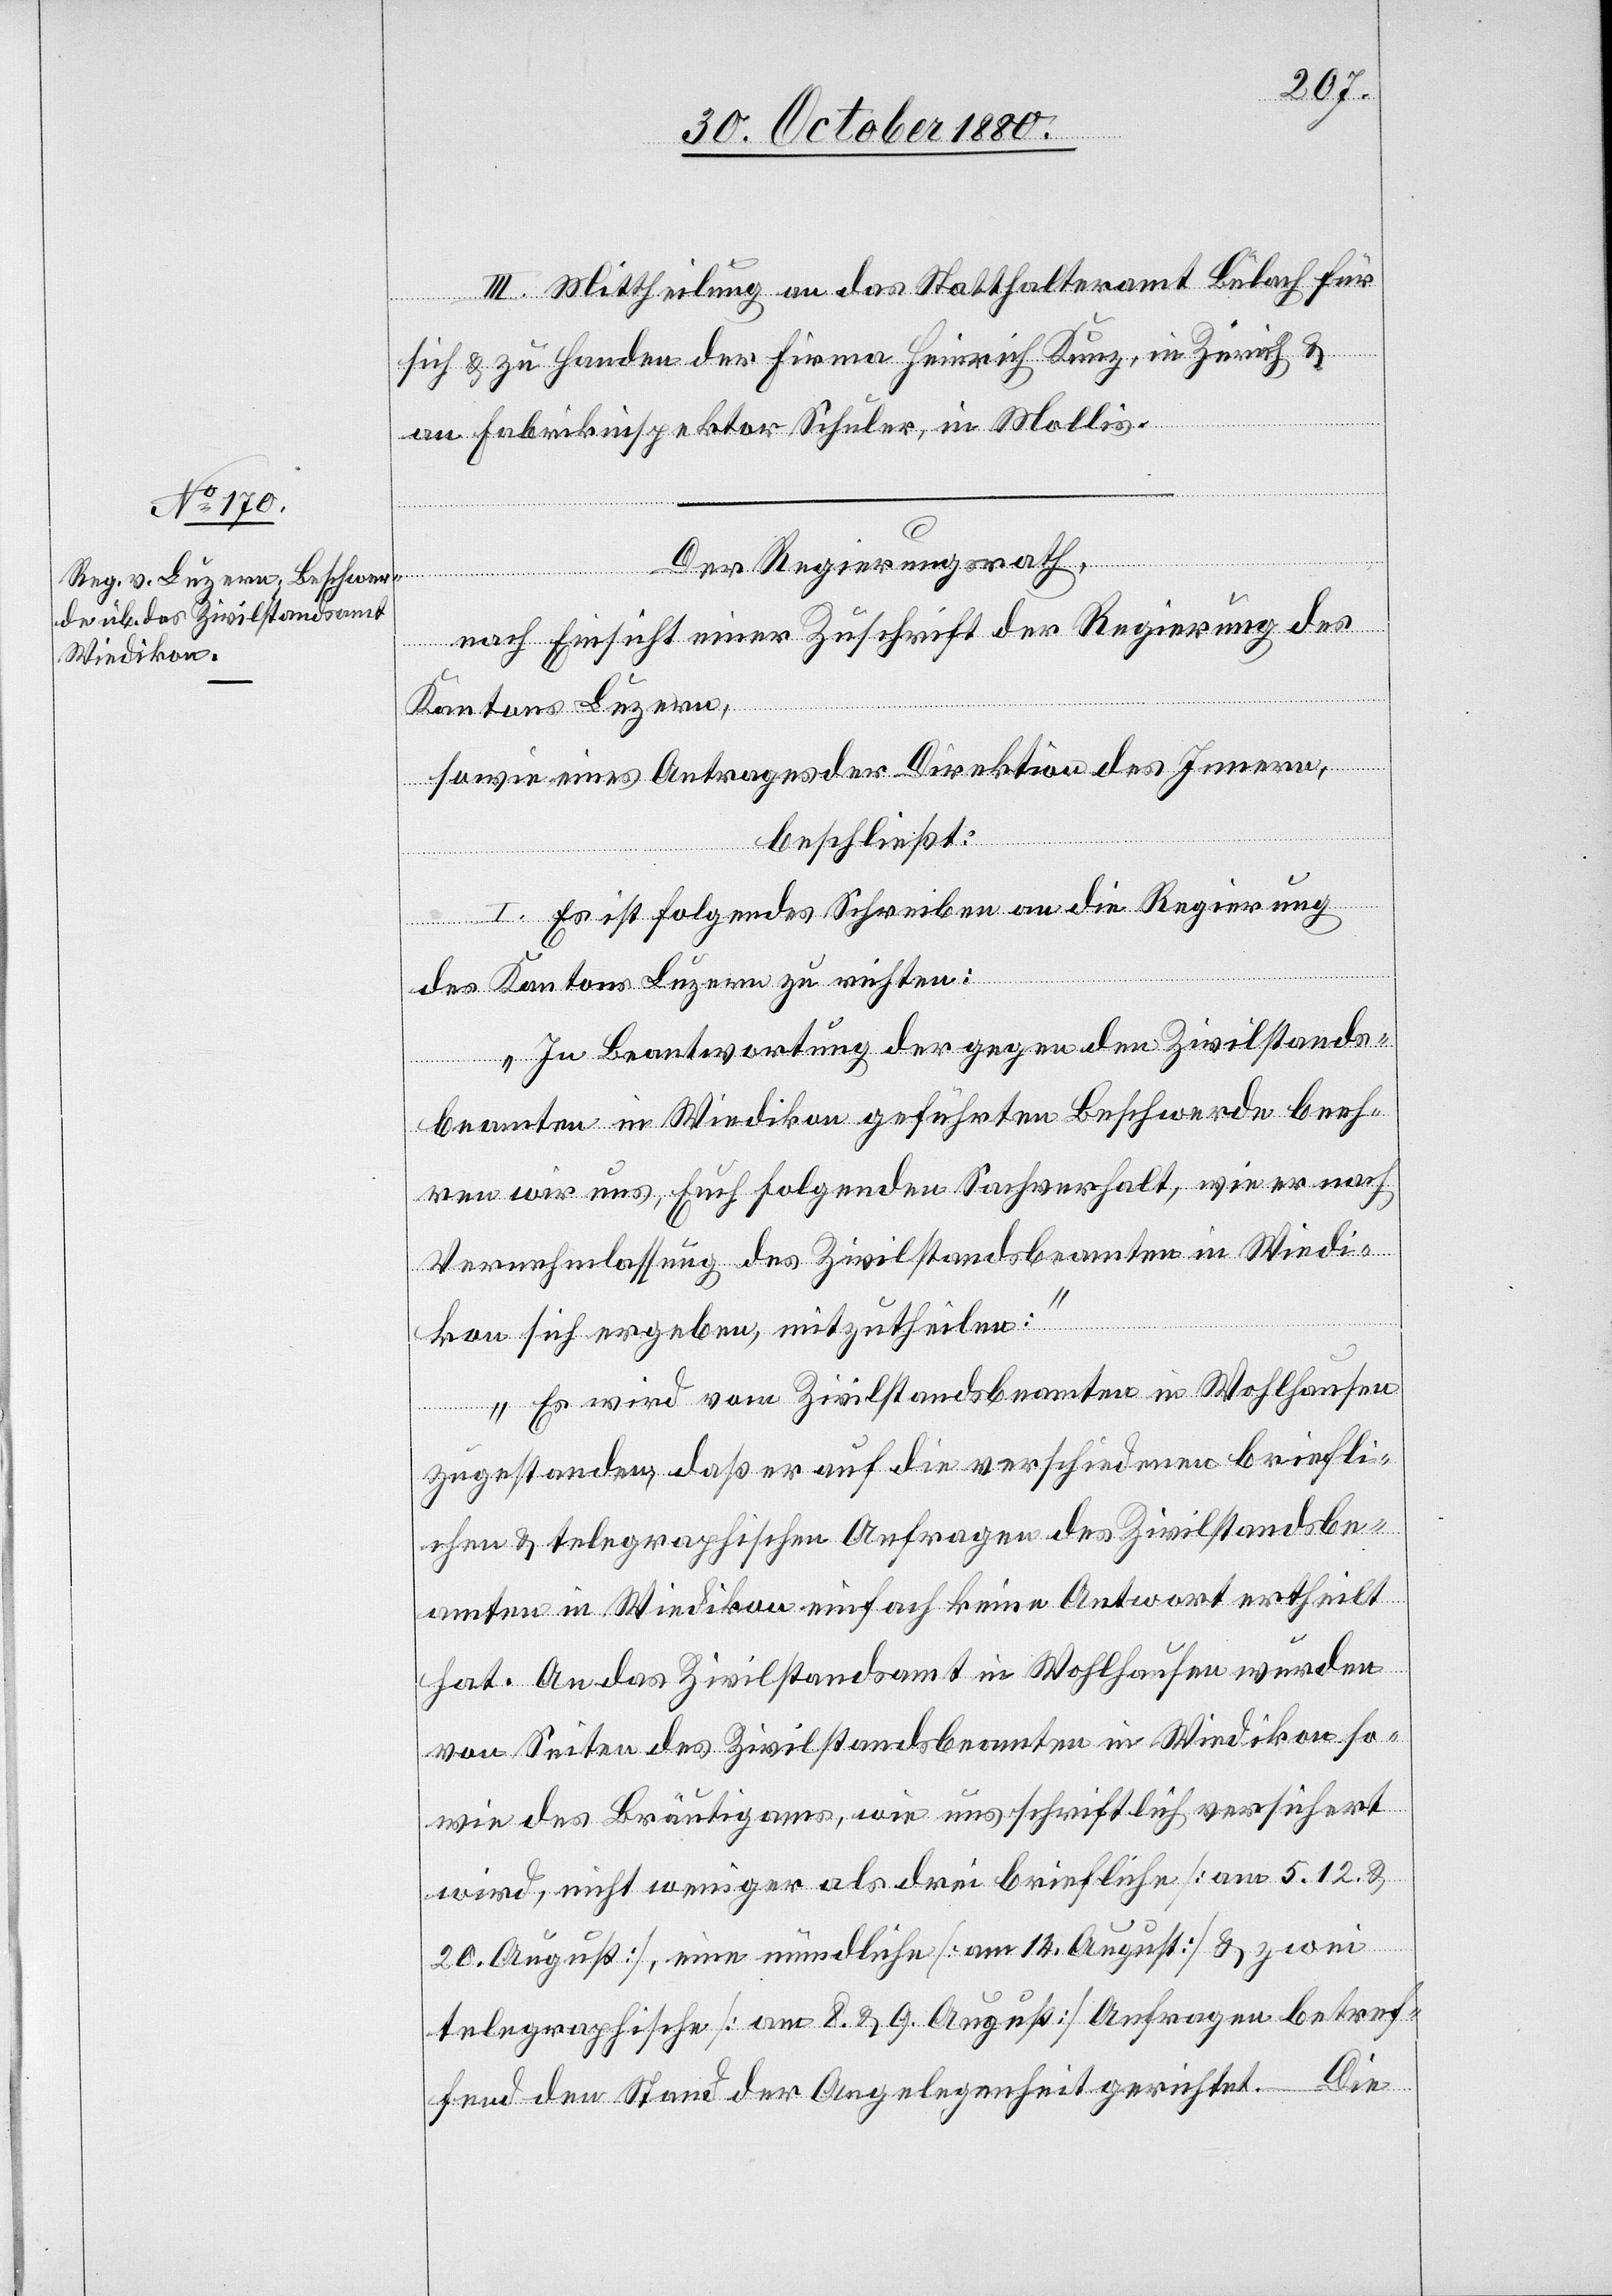
III. Mittheilung an das Statthalteramt Bülach für
sich & zu Handen der Firma Heinrich Kunz, in Zürich &
an Fabrikinspektor Schuler, in Mollis.
Der Regierungsrath,
nach Einsicht einer Zuschrift der Regierung des
Kantons Luzern,
sowie eines Antrages der Direktion des Innern,
beschließt:
I. Es ist folgendes Schreiben an die Regierung
des Kantons Luzern zu richten:
„In Beantwortung der gegen den Zivilstands¬
beamten in Wiedikon geführten Beschwerde beeh¬
ren wir uns, Euch folgenden Sachverhalt, wie er nach
Vernehmlassung des Zivilstandsbeamten in Wiedi¬
kon sich ergeben, mitzutheilen:
Es wird vom Zivilstandsbeamten in Wohlhausen
zugestanden, daß er auf die verschiedenen briefli¬
chen & telegraphischen Anfragen des Zivilstandsbe¬
amten in Wiedikon einfach keine Antwort ertheilt
hat. An das Zivilstandsamt in Wohlhausen wurden
von Seiten des Zivilstandsbeamten in Wiedikon so¬
wie des Bräutigams, wie uns schriftlich versichert
wird, nicht weniger als drei briefliche [am 5.12. &
20. August], eine mündliche [am 14. August] & zwei
telegraphische [am 8. & 9. August] Anfragen betref¬
fend den Stand der Angelegenheit gerichtet. Die